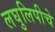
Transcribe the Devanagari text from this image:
लघुलिपीचे